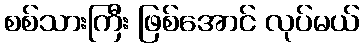
စစ်သားကြီး ဖြစ်အောင် လုပ်မယ်